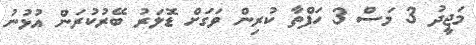
މަޖީދު 3 މަސް 3 ހަފްތާ ކުރިން ވަގަށް ޑޮލަރު ބޭރުކުރަން އުޅުނު